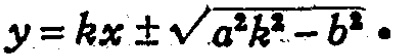
\(y = kx\pm\sqrt{a^{2}k^{2}-b^{2}}\)